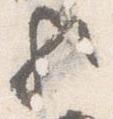
歟